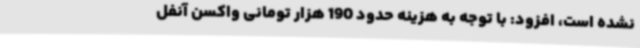
نشده است، افزود: با توجه به هزینه حدود 190 هزار تومانی واکسن آنفل